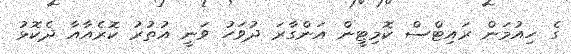
ގެ ހިއުމަން ރައިޓްސް ކޮމިޓީން އަންގާރަ ދުވަހު ވަނީ އުތުރު ކޮރެއާއާ ދެކޮޅު